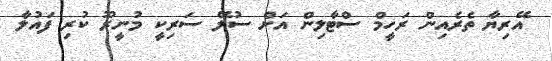
އޭރިޔާ ތެރެއިން ރަހީމް ސްޓާލިން އަށް ސުލޭ ސަރިކީ މުނީރޫ ކުރި ފައުލާ